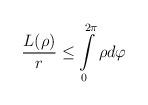
LaTeX: \begin{align*}\frac{L(\rho)}{r}\leq\int\limits_{0}^{2\pi}\rho d\varphi\end{align*}